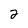
Character: 2